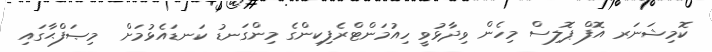
ކޮމިޝަނަރ އޮފް ޕޮލިސް މިހެން ވިދާޅުވީ ހިއުމަންޓްރެފިކިންގެ މިންގަނޑު ކަނޑައެޅުމަށް  މިޞަފްޙާގައި